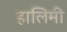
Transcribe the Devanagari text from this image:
हालिमी